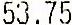
53.75